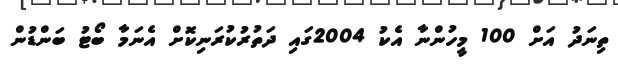
ތިނަދު އަށް 100 މީހުންނާ އެކު 2004ގައި ދަތުރުކުރަނިކޮށް އެނަމާ ބޯޓު ބަންޑުން